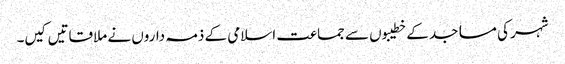
شہر کی مساجد کے خطیبوں سے جماعت اسلامی کے ذمہ داروں نے ملاقاتیں کیں۔